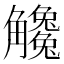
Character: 𧥒